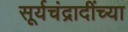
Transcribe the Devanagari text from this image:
सूर्यचंद्रादींच्या